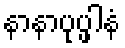
နာနာပုပ္ဖါနံ